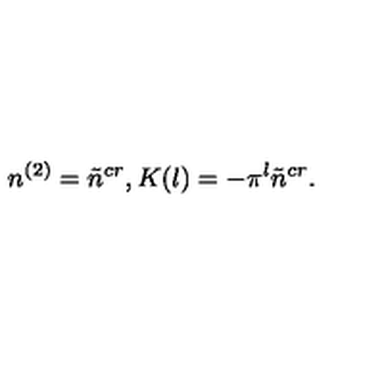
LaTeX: n ^ { ( 2 ) } = \tilde { n } ^ { c r } , K ( l ) = - \pi ^ { l } \tilde { n } ^ { c r } .